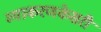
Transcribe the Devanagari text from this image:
व्याकरणकेसरी